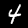
Label: 4